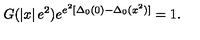
G ( \left| x \right| e ^ { 2 } ) e ^ { e ^ { 2 } [ \Delta _ { 0 } ( 0 ) - \Delta _ { 0 } ( x ^ { 2 } ) ] } = 1 .